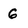
Character: 6